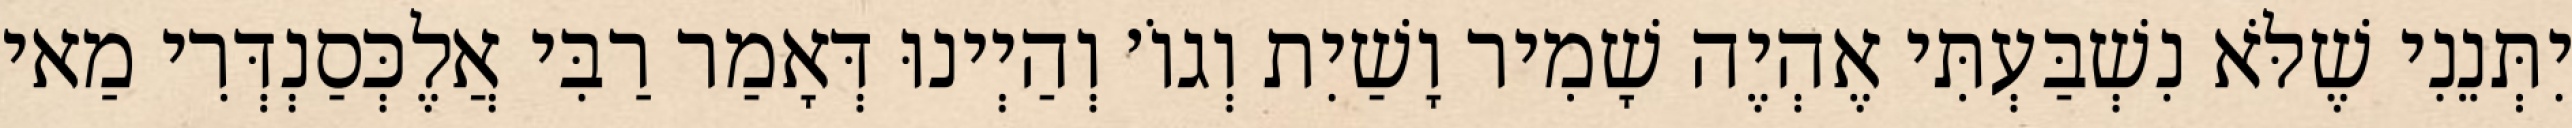
יִתְּנֵנִי שֶׁלֹּא נִשְׁבַּעְתִּי אֶהְיֶה שָׁמִיר וָשַׁיִת וְגוֹ׳ וְהַיְינוּ דְּאָמַר רַבִּי אֲלֶכְּסַנְדְּרִי מַאי